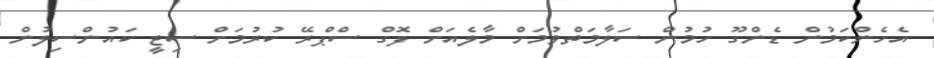
އެހެންކަމުން ޑެންގޫ ހުމުން ސަލާމަތްވުމަށް މާލެއަށް ފޮގް ސްޕްރޭ ކުރުމަށް ސިޓީ ކައުންސިލުން